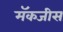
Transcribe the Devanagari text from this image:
मॅकजीस